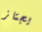
يجتاز